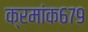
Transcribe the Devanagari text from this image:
क्रमांक६७९